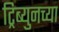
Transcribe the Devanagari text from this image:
ट्रिब्युनच्या